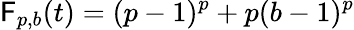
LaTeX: \mathsf{F}_{p,b}(t)=(p-1)^{p}+p(b-1)^{p}